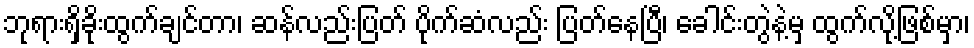
ဘုရားရှိခိုးထွက်ချင်တာ၊ ဆန်လည်းပြတ် ပိုက်ဆံလည်း ပြတ်နေပြီ၊ ခေါင်းတွဲနဲ့မှ ထွက်လို့ဖြစ်မှာ၊